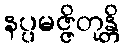
နပ္ပမဇ္ဇိတုန္တိ